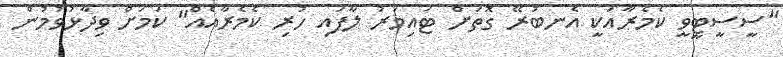
"ސީސީޓީވީ ކެމެރާއަކީ އެނބުރޭ ގޮތަށް ޓައިމަރު ލާފައި ހުރި ކެމެރާއެއް" ކަމަށް ވިދާޅުވުމުން